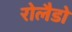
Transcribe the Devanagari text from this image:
रोलैडो